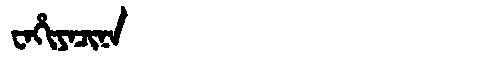
Manchu: ᠸᠠᡥᡳᠶᠠᠴᡳᠨᠠ
Romanization: WAHIYACINA